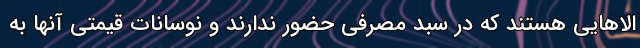
الاهایی هستند که در سبد مصرفی حضور ندارند و نوسانات قیمتی آنها به